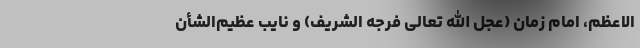
الاعظم، امام زمان (عجل الله تعالی فرجه الشریف) و نایبِ عظیم‌الشأن